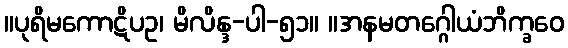
။ပုရိမကောဋိပဥ၊ မိလိန္ဒ-ပါ-၅၁။ ။အနမတဂ္ဂေါယံဘိက္ခဝေ